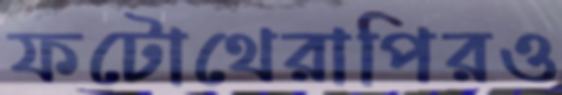
ফটোথেরাপিরও